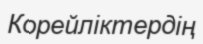
Корейліктердің